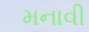
મનાવી